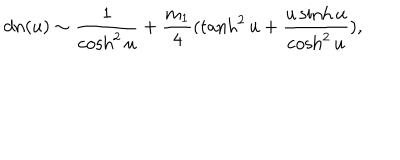
d n ( u ) \sim \frac { 1 } { \cosh ^ { 2 } u } + \frac { m _ { 1 } } { 4 } ( \tanh ^ { 2 } u + \frac { u \sinh u } { \cosh ^ { 2 } u } ) ,